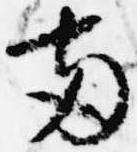
両